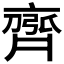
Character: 𮮻